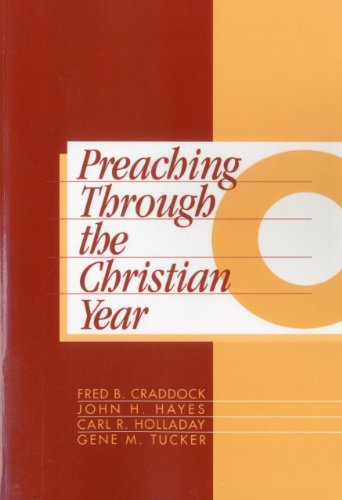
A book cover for Preaching Through the Christian Year: Year C: A Comprehensive Commentary on the Lectionary; Fred B. Craddock; Christian Books & Bibles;